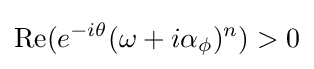
\operatorname {Re} (e^{-i\theta }(\omega +i\alpha _{\phi })^{n})>0